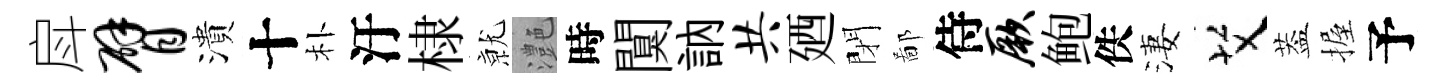
戽臂潰十朴汙棣𭕒灔時闃訥共廼閉鄙侍厥鲍佚淒艾葢握予